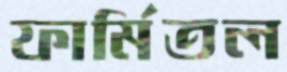
ফার্মিতল